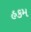
હકમ